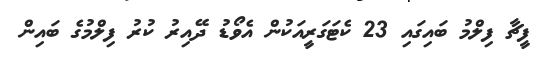
ފީޗާ ފިލްމު ބައިގައި 23 ކެޓަގަރީއަކުން އެވޯޑު ދޭއިރު ކުރު ފިލްމުގެ ބައިން